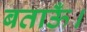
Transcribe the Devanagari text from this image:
बताऊँ।